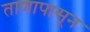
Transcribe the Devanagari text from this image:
ताणापासून